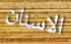
الاسنان